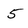
Character: 5